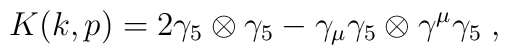
K(k  ,  p)  = 2 \gamma_5  \otimes  \gamma_5  - \gamma_\mu  \gamma_5 \otimes \gamma^\mu \gamma_5 \; ,